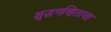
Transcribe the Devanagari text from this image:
शुद्धगणिताचा